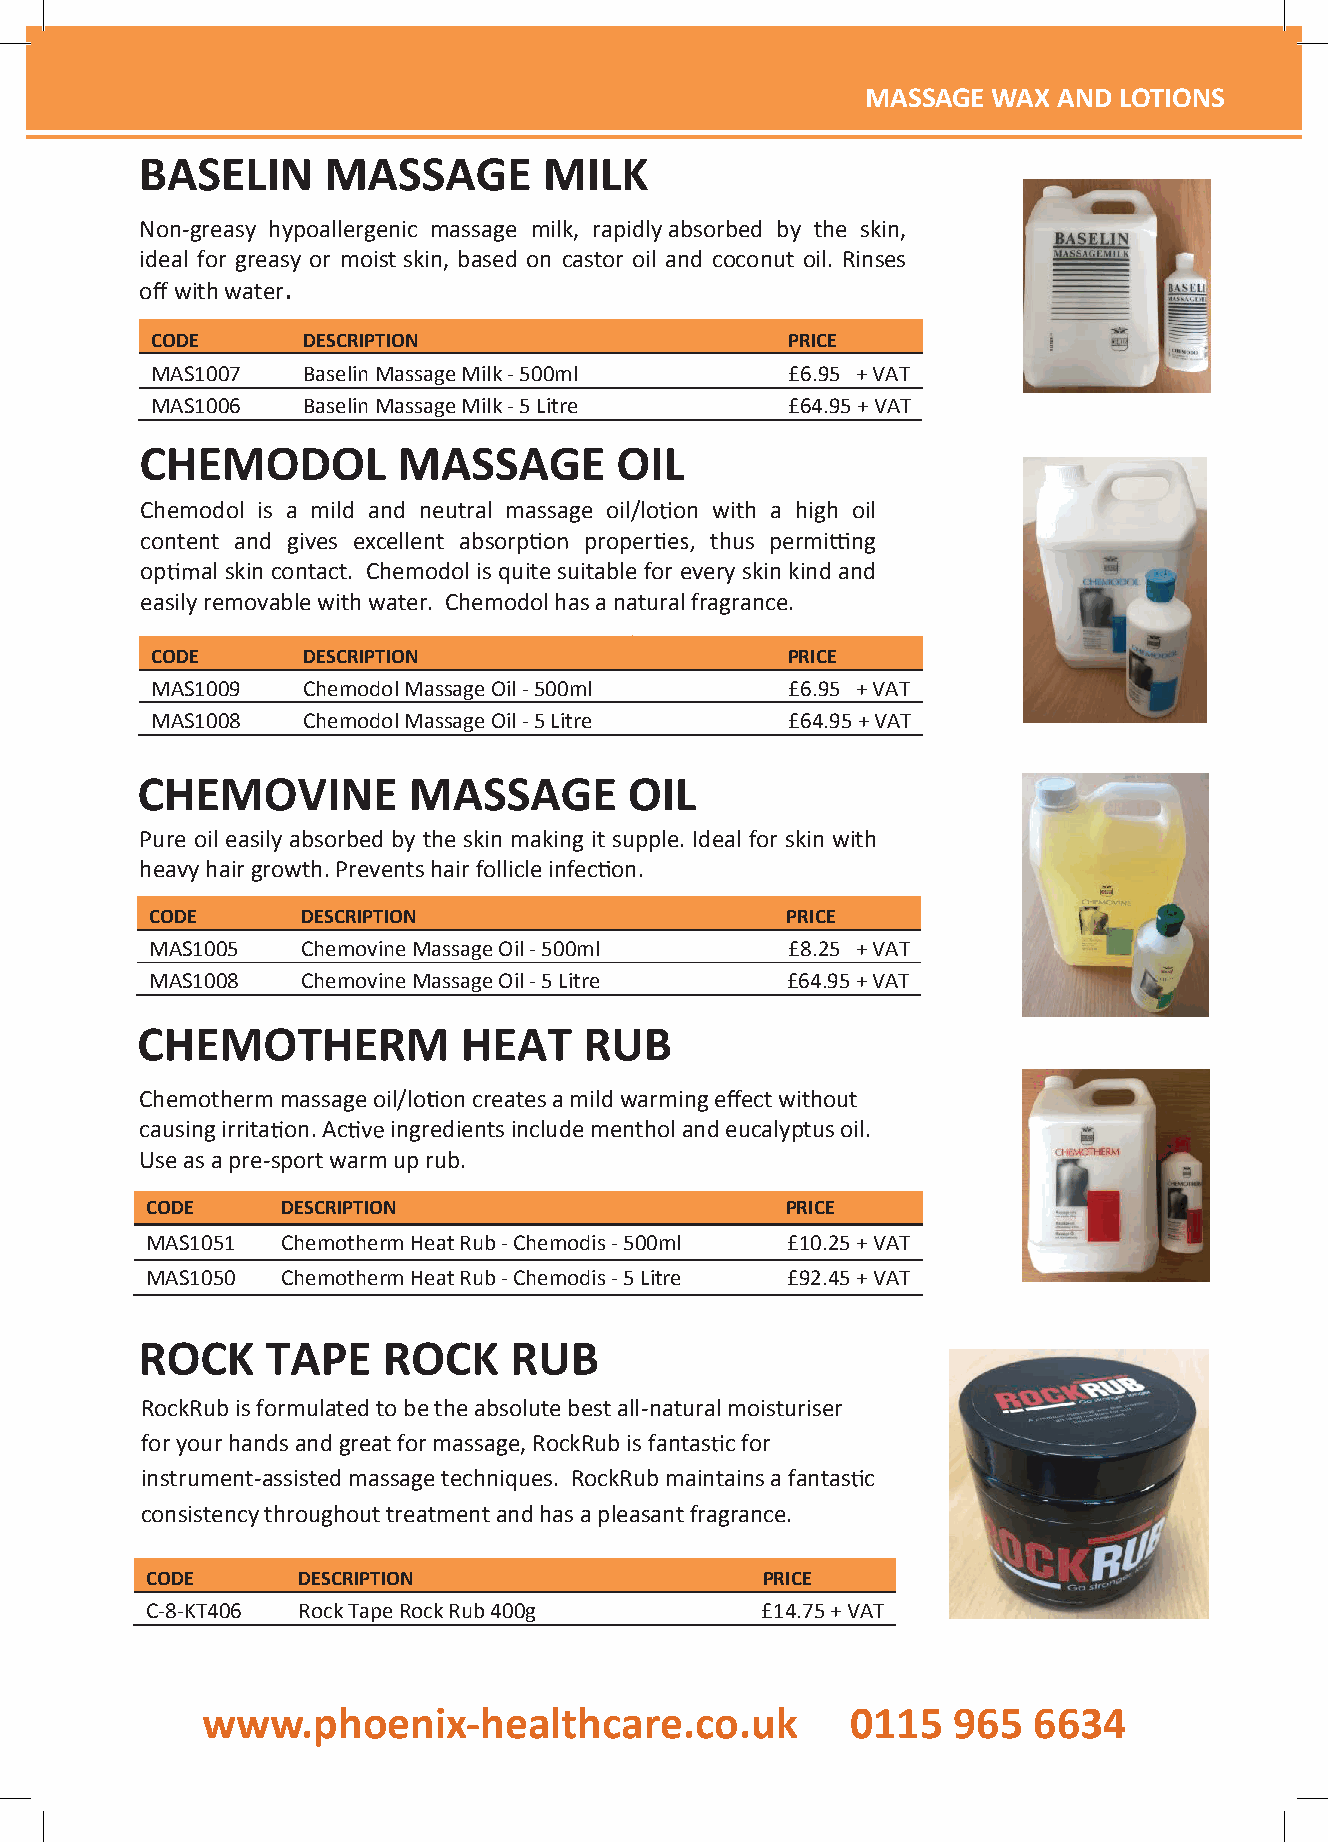
MMAASSSSAAGGEE WWAAXX AANNDD LLOOTTIIOONNSS
 MASSAGE WAX AND  LOTIONS
 BASELIN     MASSAGE        MILK
 Non-greasy hypoallergenic massage milk, rapidly absorbed by the skin,
 MideaAl foSr gSreAasyGorEm MoistIskLinK, b aAsedNoDn caWstorAoilXand coconut oil. Rinses
 off withwater.
 CODE      DESCRIPTION                     PRICE
 MAS1007   BaselinMassageMilk-500ml        £6.95 +VAT
 MAS1006   BaselinMassageMilk-5Litre       £64.95+ VAT
 CHEMODOL         MASSAGE        OIL
 Chemodol is a mild and neutral massage oil/lo on with a high oil
 content and gives excellent absorp proper thus permi ng
 op  al skin contact. Chemodol isquite suitablefor every skin kind and
 BeasAilySreEmoLvIabNle wMithAwatSerS. CAheGmoEdo lMhasIaLnKaturalfragrance.
 CODE      DESCRIPTION                     PRICE
 MAS1009   ChemodolMassageOil-500ml        £6.95 +VAT
 MAS1008   ChemodolMassageOil-5Litre       £64.95+ VAT
 CHEMOVINE         MASSAGE        OIL
 Pure oil easily absorbed by the skin making it supple. Ideal for skin with
 heavyhairgrowth. Preventshair follicleinfec on.
 CODE      DESCRIPTION                     PRICE
 MAS1005   ChemovineMassageOil -500ml      £8.25 +VAT
 MAS1008   ChemovineMassageOil -5Litre     £64.95+ VAT
 CHEMOTHERM            HEAT    RUB
 Chemothermmassageoil/lo oncreatesamildwarmingeffectwithout
 causingirrita on. Ac ingredientsincludementholandeucalyptusoil.
 Useasapre-sportwarmuprub.
 CODE     DESCRIPTION                      PRICE
 MAS1051  ChemothermHeatRub-Chemodis -500ml £10.25+ VAT
 MAS1050  ChemothermHeatRub-Chemodis -5Litre £92.45+ VAT
 ROCK     TAPE   ROCK     RUB
 RockRubisformulatedtobetheabsolutebestall-naturalmoisturiser
 foryourhandsandgreatformassage,RockRubis fantas cfor
 instrument-assistedmassagetechniques. RockRubmaintainsafantas c
 CHEMOTHERM            HEAT
 consistencythroughouttreatmentandhasapleasantfragrance.
 RUB    - CHEMODIS
 CODE      DESCRIPTION                   PRICE
 C-8-KT406 RockTapeRockRub 400g          £14.75+ VAT
 wwwwww..pphhooeenniixx--hheeaalltthhccaarree..ccoo..uukk 00111155 996655 66663344
 www.phoenix-healthcare.co.uk                 0115   965  6634